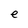
Character: e